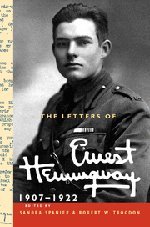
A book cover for The Letters of Ernest Hemingway: Volume 1, 1907-1922 (The Cambridge Edition of the Letters of Ernest Hemingway); Ernest Hemingway; Literature & Fiction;